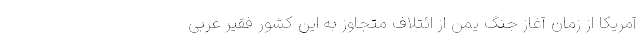
آمریکا از زمان آغاز جنگ یمن از ائتلاف متجاوز به این کشور فقیر عربی